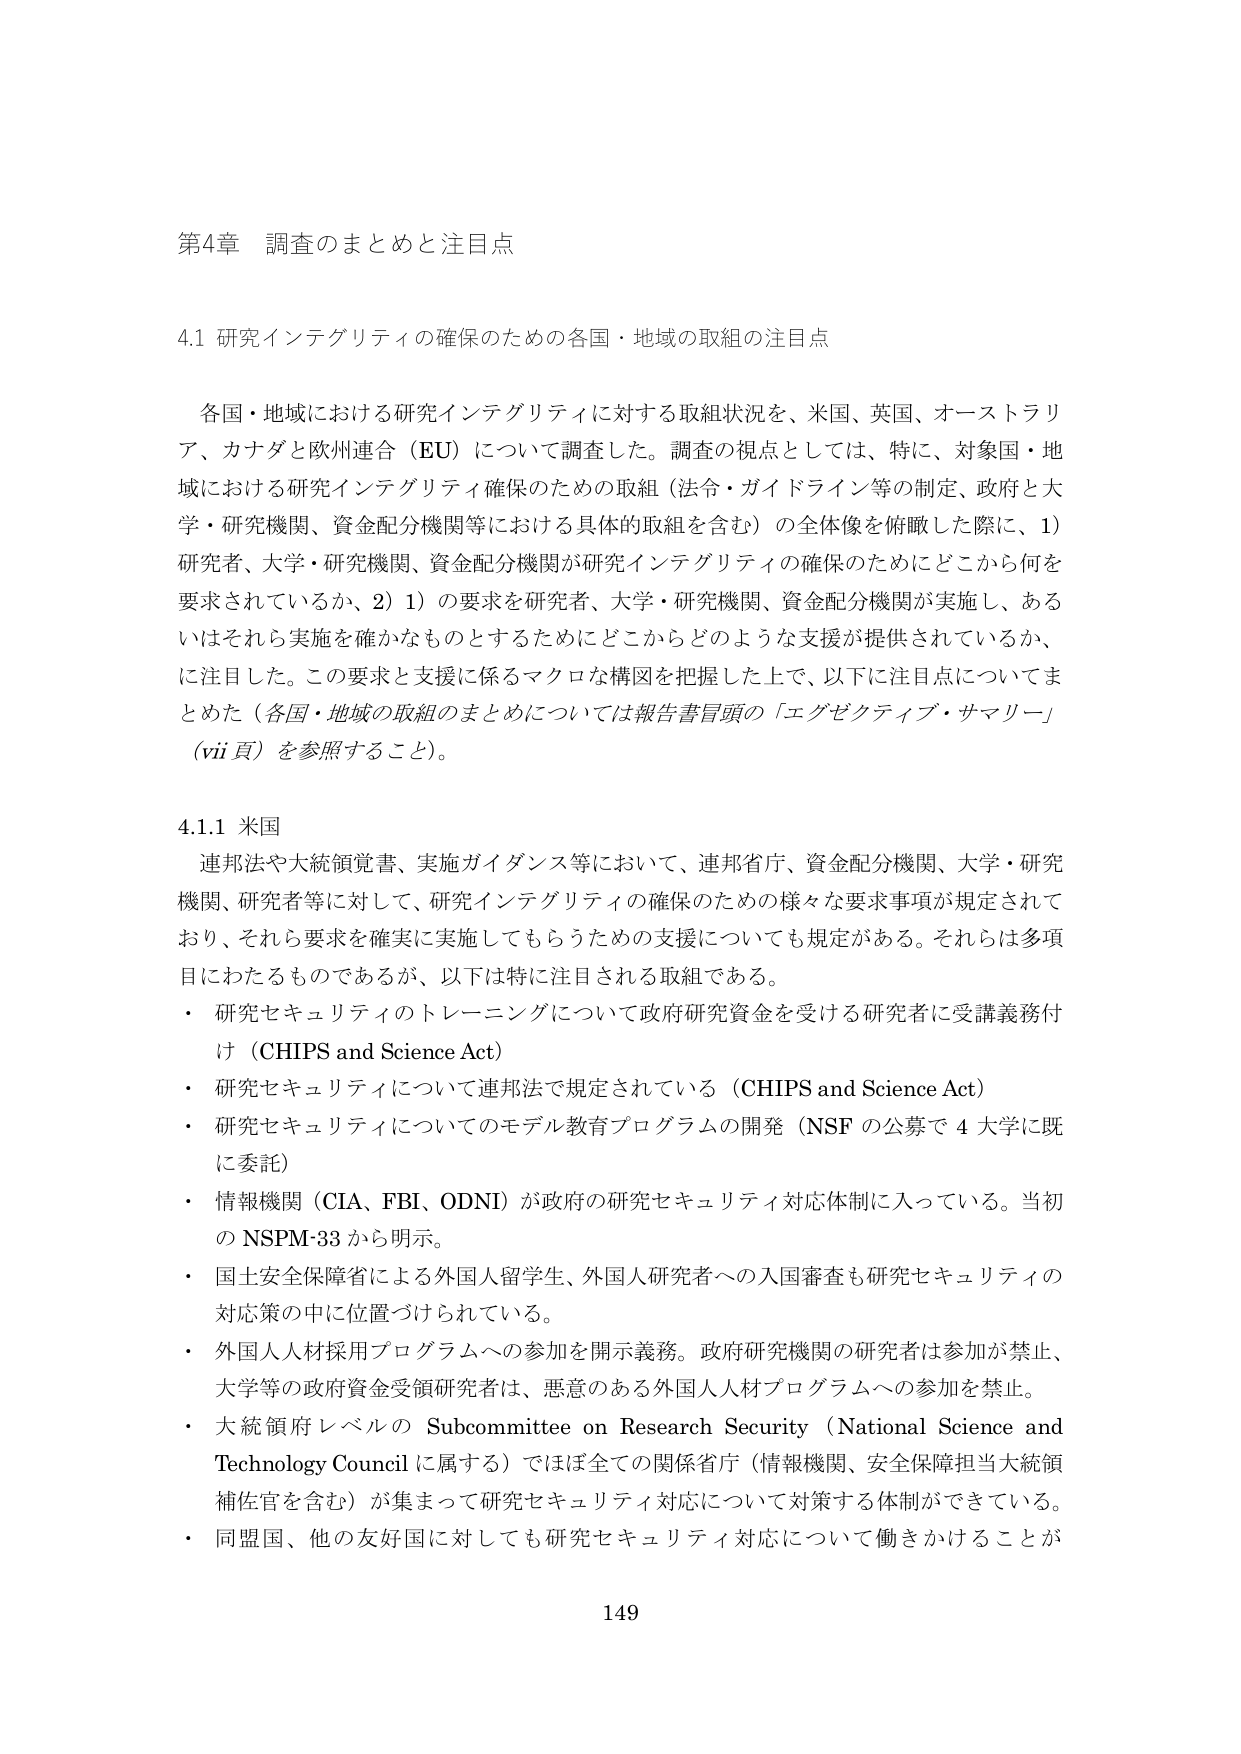
第4章 調査のまとめと注目点

4.1 研究インテグリティの確保のための各国・地域の取組の注目点

各国・地域における研究インテグリティに対する取組状況を、米国、英国、オーストラリア、カナダと欧州連合（EU）について調査した。調査の視点としては、特に、対象国・地域における研究インテグリティ確保のための取組（法令・ガイドライン等の制定、政府と大学・研究機関、資金配分機関等における具体的取組を含む）の全体像を俯瞰した際に、1）研究者、大学・研究機関、資金配分機関が研究インテグリティの確保のためにどこから何を要求されているか、2）1）の要求を研究者、大学・研究機関、資金配分機関が実施し、あるいはそれら実施を確かなものとするためにどこからどのような支援が提供されているか、に注目した。この要求と支援に係るマクロな構図を把握した上で、以下に注目点についてまとめた（各国・地域の取組のまとめについては報告書冒頭の「エグゼクティブ・サマリー」（vii頁）を参照すること）。

4.1.1 米国

連邦法や大統領覚書、実施ガイダンス等において、連邦省庁、資金配分機関、大学・研究機関、研究者等に対して、研究インテグリティの確保のための様々な要求事項が規定されており、それら要求を確実に実施してもらうための支援についても規定がある。それらは多項目にわたるものであるが、以下は特に注目される取組である。

・ 研究セキュリティのトレーニングについて政府研究資金を受ける研究者に受講義務付け（CHIPS and Science Act）

・ 研究セキュリティについて連邦法で規定されている（CHIPS and Science Act）

・ 研究セキュリティについてのモデル教育プログラムの開発（NSF の公募で 4 大学に既に委託）

・ 情報機関（CIA、FBI、ODNI）が政府の研究セキュリティ対応体制に入っている。当初の NSPM-33 から明示。

・ 国土安全保障省による外国人留学生、外国人研究者への入国審査も研究セキュリティの対応策の中に位置づけられている。

・ 外国人人材採用プログラムへの参加を開示義務。政府研究機関の研究者は参加が禁止、大学等の政府資金受領研究者は、悪意のある外国人人材プログラムへの参加を禁止。

・ 大統領府レベルの Subcommittee on Research Security（National Science and Technology Council に属する）でほぼ全ての関係省庁（情報機関、安全保障担当大統領補佐官を含む）が集まって研究セキュリティ対応について対策する体制ができている。

・ 同盟国、他の友好国に対しても研究セキュリティ対応について働きかけることが

149